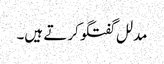
مدلل گفتگو کرتے ہیں۔